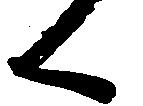
く